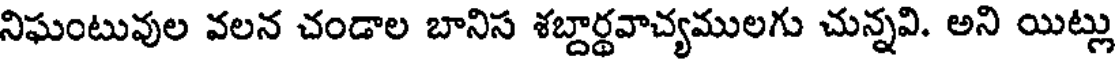
నిఘంటువుల వలన చండాల బానిస శబ్దార్థవాచ్యములగు చున్నవి. అని యిట్లు